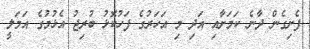
ފެށިގެން ދާނެ ކަމަށާއި އަދި މި އަހަރުގެ ފަހުކޮޅު ބުރިޖު އެޅުމުގެ އަމަލީ